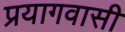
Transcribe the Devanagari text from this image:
प्रयागवासी